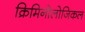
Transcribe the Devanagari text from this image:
क्रिमिनोलोजिकल